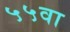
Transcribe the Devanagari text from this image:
५५वा